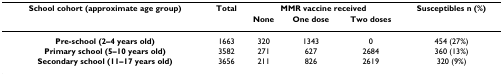
<table><thead><tr><td><b>School cohort (approximate age group)</b></td><td><b>Total</b></td><td colspan="3"><b>MMR vaccine received</b></td><td><b>Susceptibles n (%)</b></td></tr><tr><td></td><td></td><td><b>None</b></td><td><b>One dose</b></td><td><b>Two doses</b></td><td></td></tr></thead><tbody><tr><td><b>Pre-school (2–4 years old)</b></td><td>1663</td><td>320</td><td>1343</td><td>0</td><td>454 (27%)</td></tr><tr><td><b>Primary school (5–10 years old)</b></td><td>3582</td><td>271</td><td>627</td><td>2684</td><td>360 (13%)</td></tr><tr><td><b>Secondary school (11–17 years old)</b></td><td>3656</td><td>211</td><td>826</td><td>2619</td><td>320 (9%)</td></tr></tbody></table>